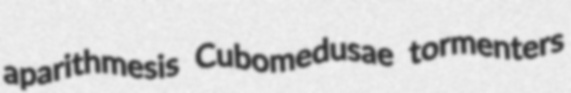
aparithmesis Cubomedusae tormenters